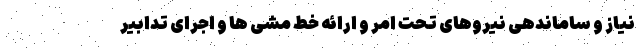
نیاز و ساماندهی نیروهای تحت امر و ارائه خط مشی ها و اجرای تدابیر